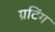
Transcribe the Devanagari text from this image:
ग्रटिंग